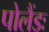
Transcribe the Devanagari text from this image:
पोलैंडः